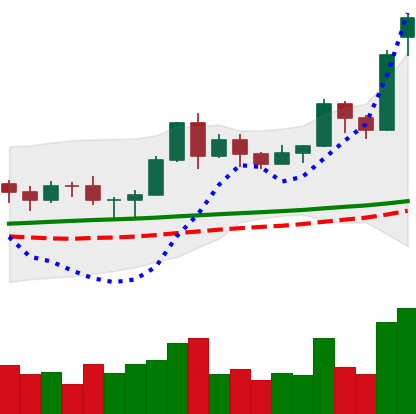
Ticker: LTC-USD
Chart end date: 2020-11-17
Forward return: 9.033%
Label: up_7plus